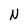
Character: N